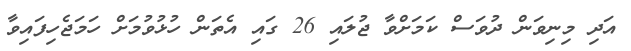
އަދި މިނިވަން ދުވަސް ކަމަށްވާ ޖުލައި 26 ގައި އެތަން ހުޅުވުމަށް ހަމަޖެހިފައިވާ